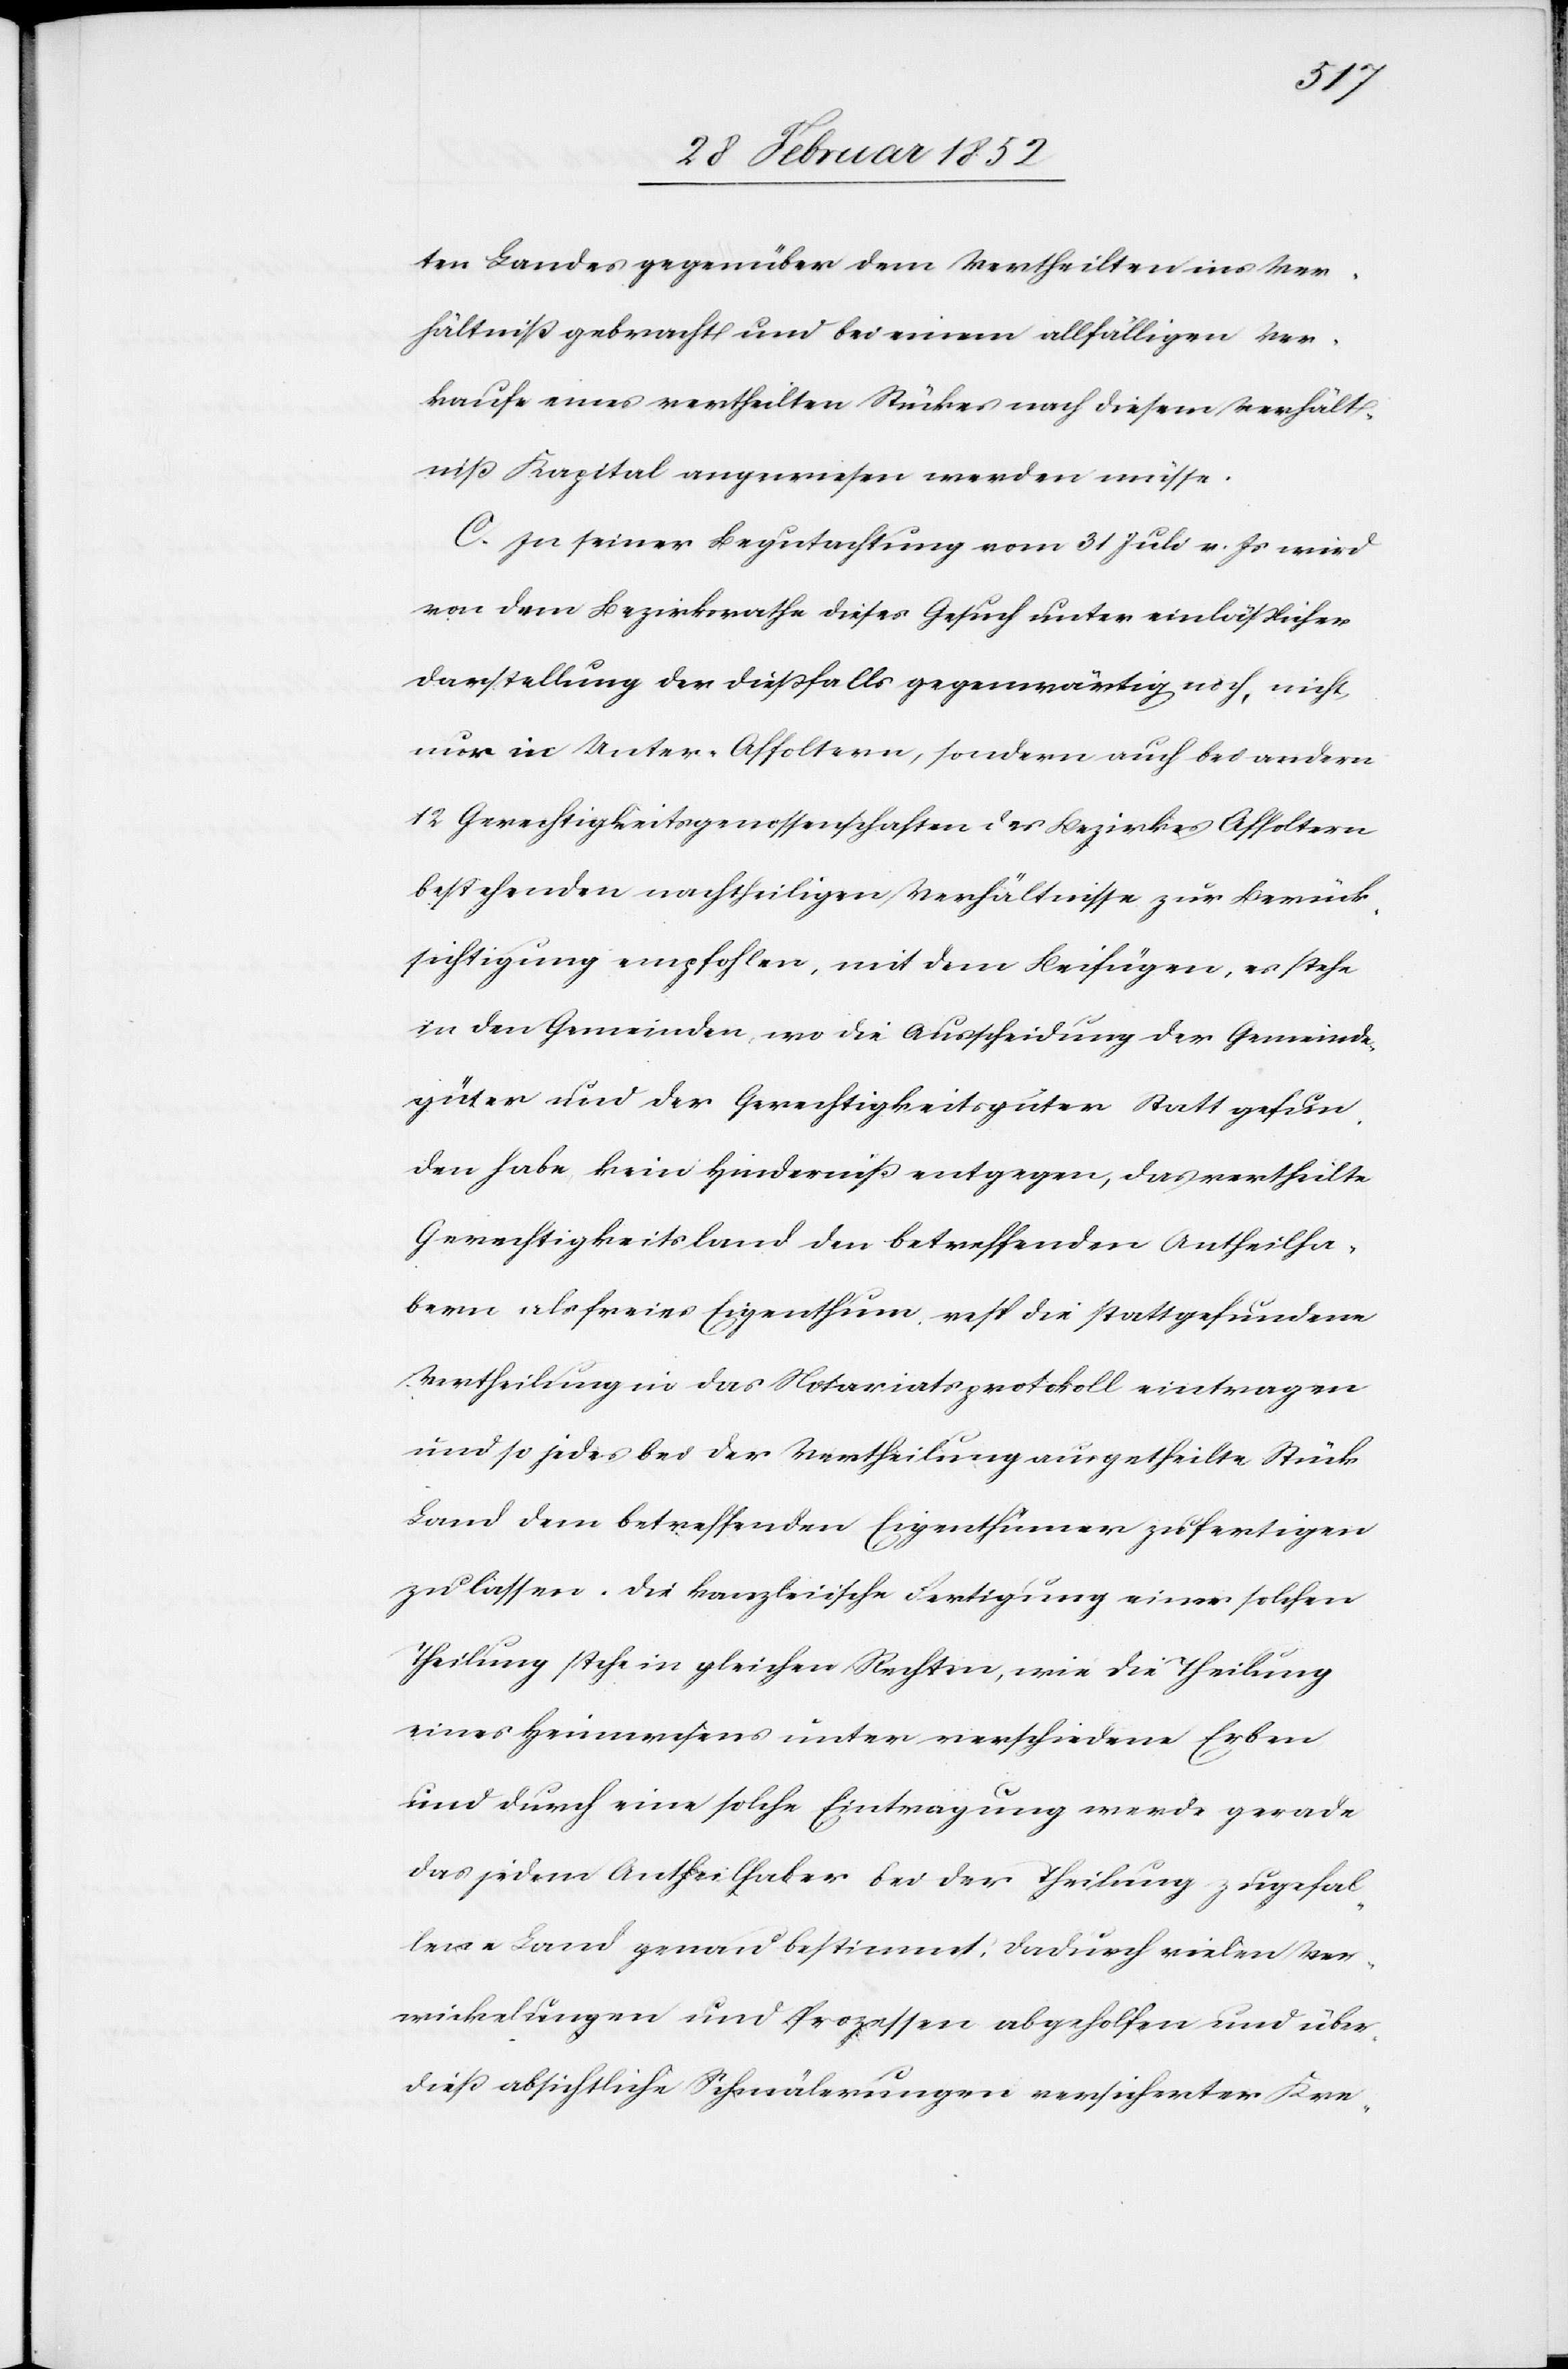
ten Landes gegenüber dem Vertheilten ins Ver¬
hältniß gebracht und bei einem allfälligen Ver¬
kaufe eines vertheilten Stückes nach diesem Verhält¬
niß Kapital angewiesen werdne müsse.
C. In seiner Begutachtung vom 31 Juli v. Js wird
von dem Bezirksrathe dieses Gesuch unter einläßlicher
Darstellung der dießfalls gegenwärtig noch, nicht
nur in Unter-Affoltern, sondern auch bei andern
12 Gerechtigkeitsgenossenschaften des Bezirks Affoltern
bestehenden nachtheiligen Verhältnisse zur Berück¬
sichtigung empfohlen, mit dem Beifügen, es stehe
in den Gemeinden, wo die Ausscheidung der Gemeinde¬
güter und der Gerechtigkeitsgüter Statt gefun¬
den habe kein Hinderniß entgegen, das vertheilte
Gerechtigkeitsland den betreffenden Antheilha¬
bern als freies Eigenthum resp die stattgefundene
Vertheilung in das Notariatsprotokoll eintragen
und so jedes bei der Vertheilung ausgetheilte Stück
Land dem betreffenden Eigenthümer zufertigen
zu lassen. Die kanzleiische Fertigung einer solchen
Theilung stehe in gleichen Rechten, wie die Theilung
eines Heimwesens unter verschiedene Erben
und durch eine solche Eintragung werde gerade
das jedem Antheilhaber bei der Theilung zugefal¬
lene Land genau bestimmt, dadurch vielen Ver¬
wicklungen und Prozessen abgeholfen und über¬
dieß absichtliche Schmälerungen versicherter Kre-